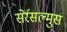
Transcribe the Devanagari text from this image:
सेर्रसल्मुस